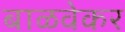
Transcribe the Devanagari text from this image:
बाळवेकर